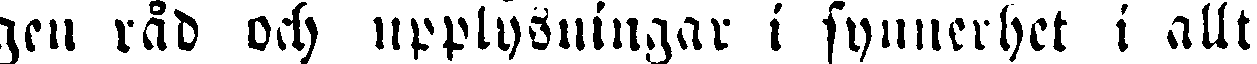
gen råd och upplysningar i synnerhet i allt